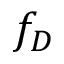
f _ { D }